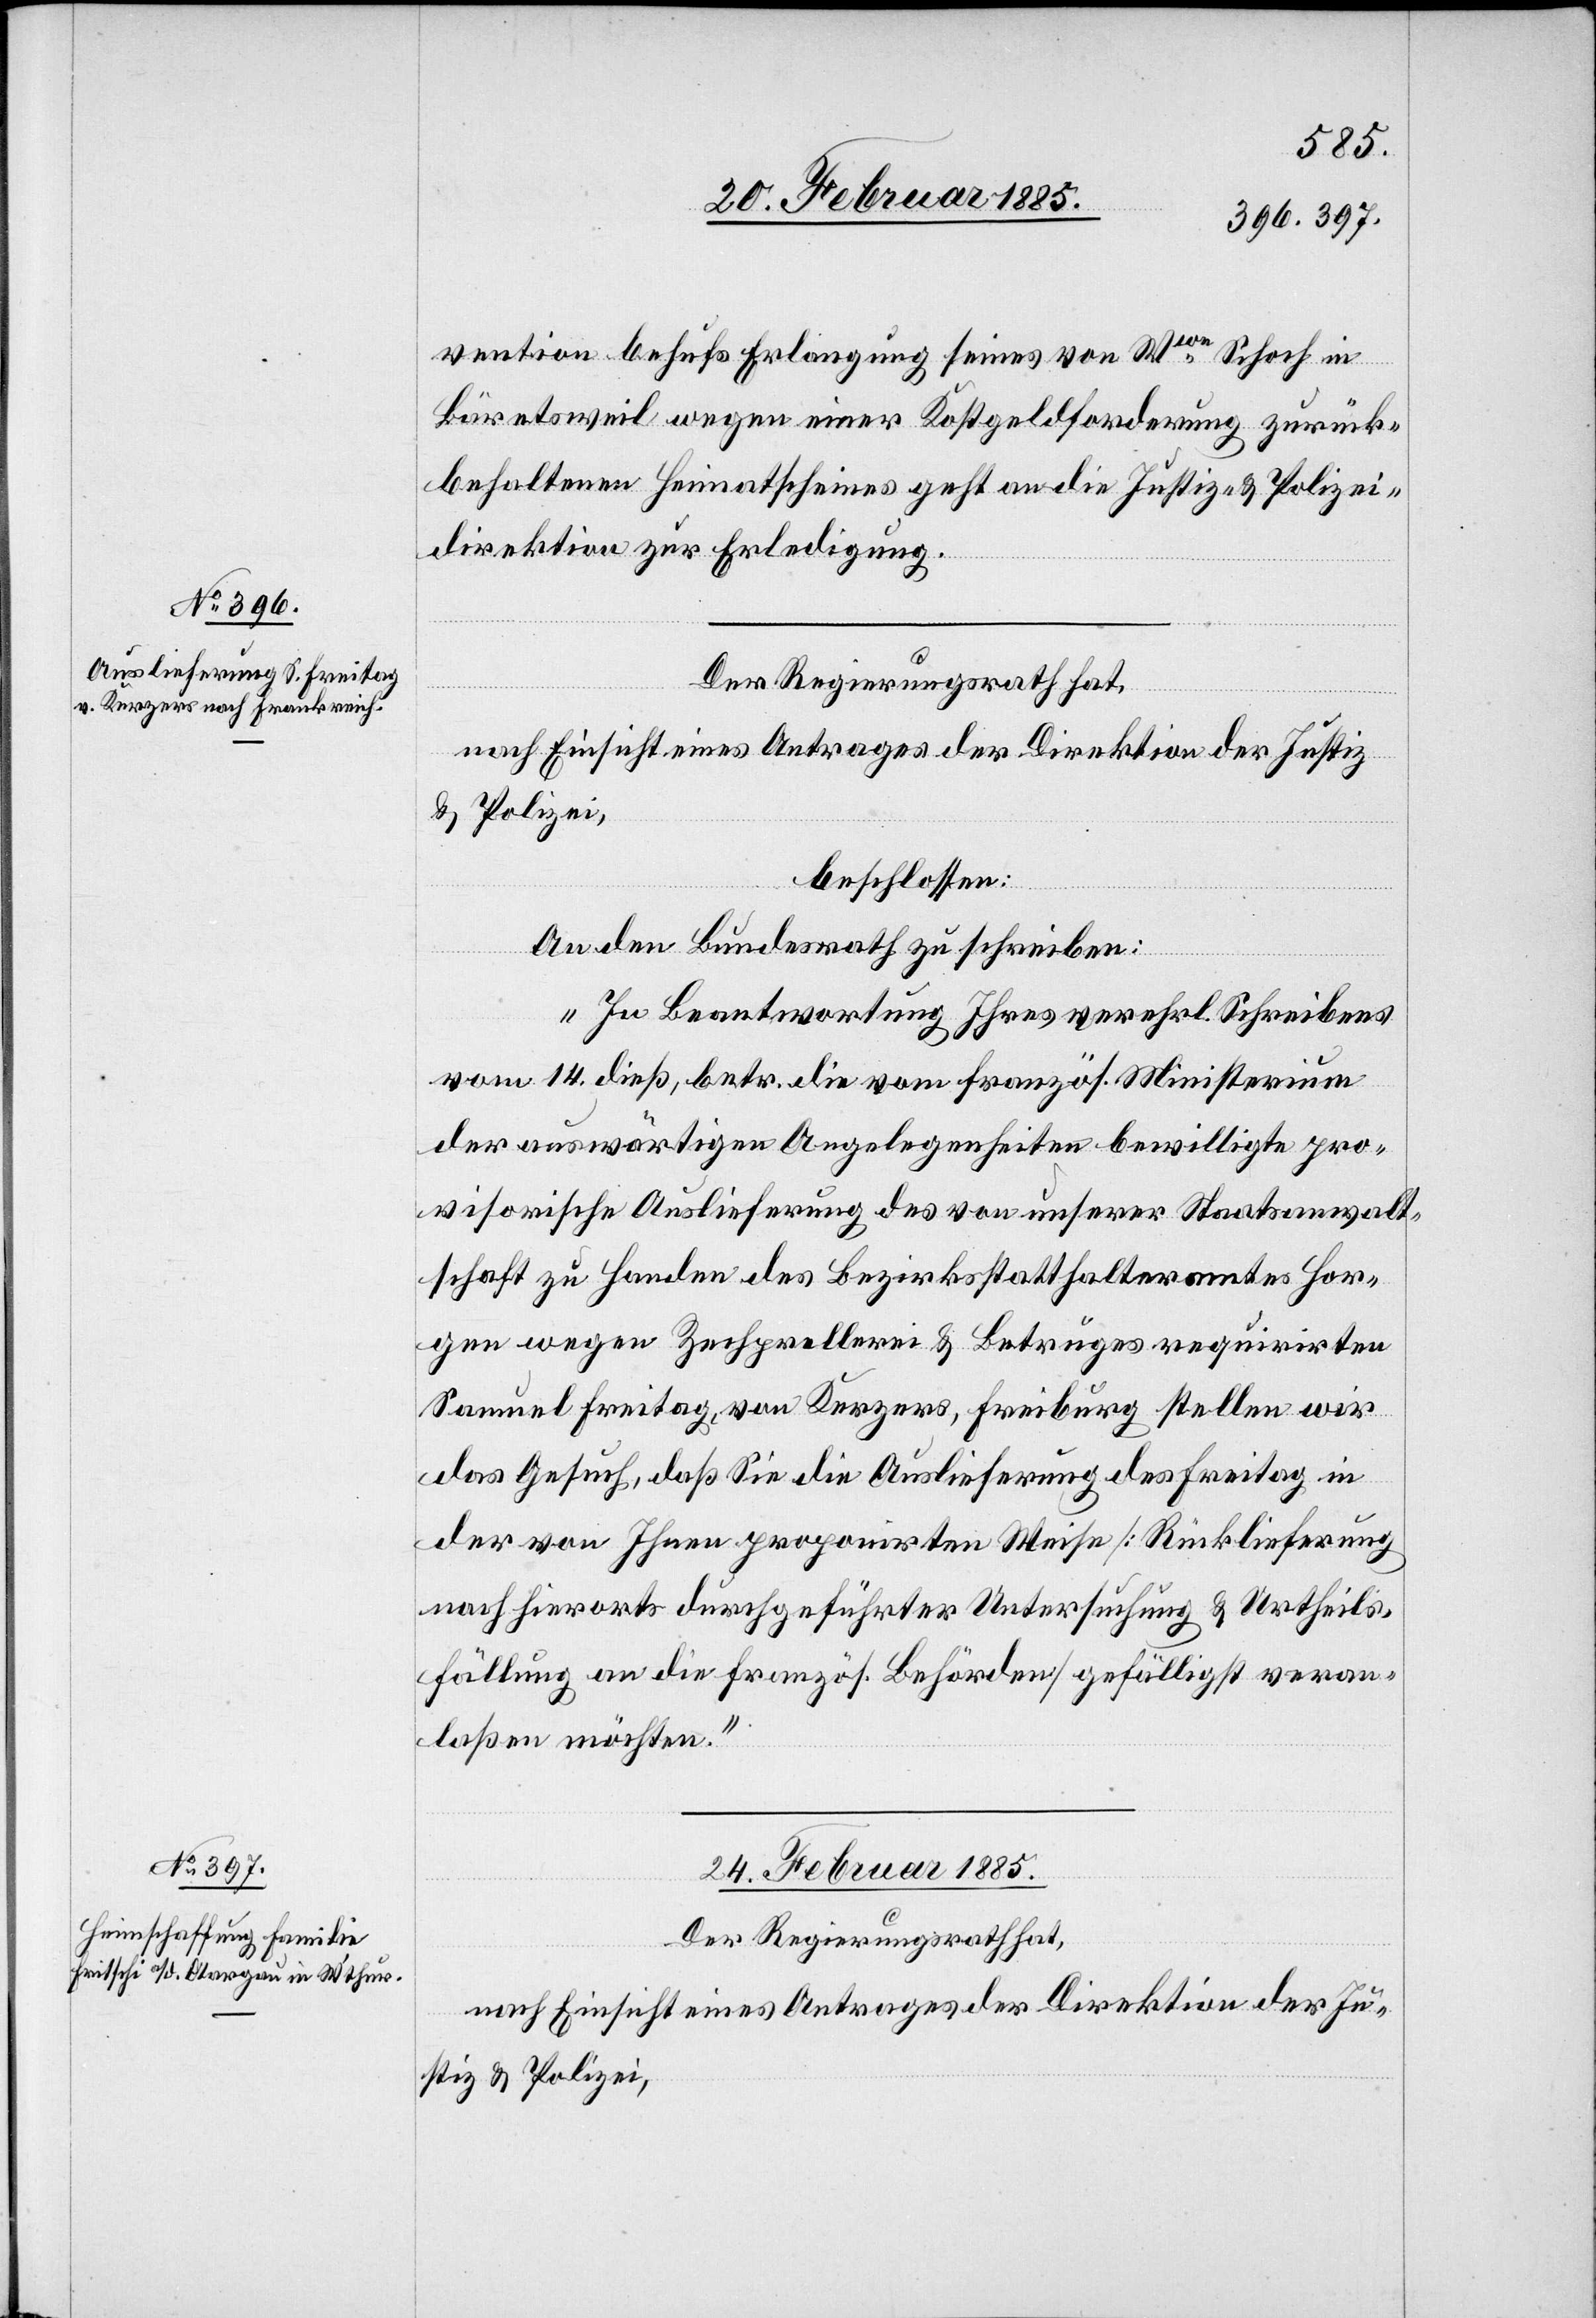
23. Februar 1885.]
vention behufs Erlangung seines von Wwe Schoch in
Bäretsweil wegen einer Kostgeldforderung zurück¬
behaltenen Heimatscheines geht an die Justiz- & Polizei¬
direktion zur Erledigung.
Der Regierungsrath hat,
nach Einsicht eines Antrages der Direktion der Justiz
& Polizei,
beschlossen:
An den Bundesrath zu schreiben:
„In Beantwortung Ihres verehrl. Schreibens
vom 14. dieß, betr. die vom französ. Ministerium
der auswärtigen Angelegenheiten bewilligte pro¬
visorische Auslieferung des von unserer Staatsanwalt¬
schaft zu Handen des Bezirksstatthalteramtes Hor¬
gen wegen Zechprellerei & Betruges requirirten
Samuel Freitag, von Kerzers, Freiburg stellten wir
das Gesuch, daß Sie die Auslieferung des Freitag in
der von Ihnen proponirten Weise [Rücklieferung
nach hierorts durchgeführter Untersuchung & Urtheils¬
fällung an die französ. Behörden] gefälligst veran¬
laßen möchten.“
24. Februar 1885.
Der Regierungsrath hat,